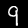
Label: 9